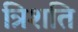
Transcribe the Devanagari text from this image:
त्रिशति